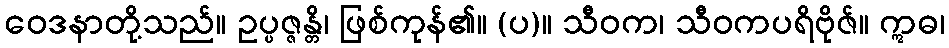
ဝေဒနာတို့သည်။ ဥပ္ပဇ္ဇန္တိ၊ ဖြစ်ကုန်၏။ (ပ)။ သီဝက၊ သီဝကပရိဗိုဇ်။ ဣဓ၊